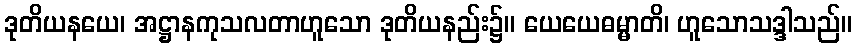
ဒုတိယနယေ၊ အဋ္ဌာနကုသလတာဟူသော ဒုတိယနည်း၌။ ယေယေဓမ္မာတိ၊ ဟူသောသဒ္ဒါသည်။